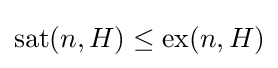
\operatorname {sat} (n,H)\leq \operatorname {ex} (n,H)